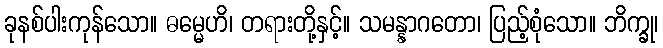
ခုနစ်ပါးကုန်သော။ ဓမ္မေဟိ၊ တရားတို့နှင့်။ သမန္နာဂတော၊ ပြည့်စုံသော။ ဘိက္ခု၊